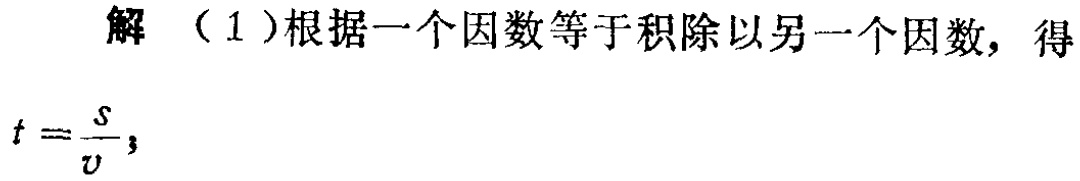
解 （1）根据一个因数等于积除以另一个因数，得

\[

t = \frac{s}{v};

\]